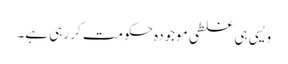
ویسی ہی غلطی موجودہ حکومت کر رہی ہے۔